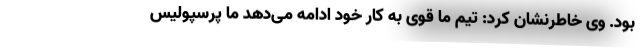
بود. وی خاطرنشان کرد: تیم ما قوی به کار خود ادامه می‌دهد ما پرسپولیس